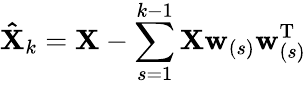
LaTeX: \mathbf{\hat{X}}_{k}=\mathbf{X}-\sum_{s=1}^{k-1}\mathbf{X}\mathbf{w}_{(s)}\mathbf{w}_{(s)}^{\mathrm{{T}}}